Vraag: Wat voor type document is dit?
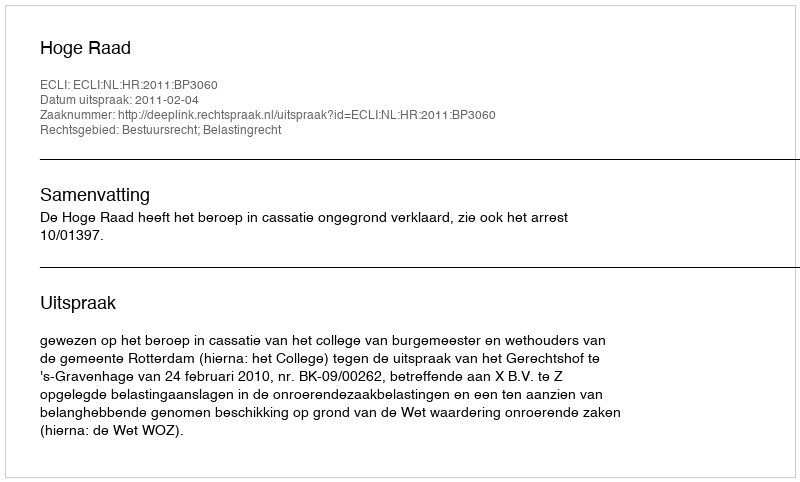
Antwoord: Uitspraak